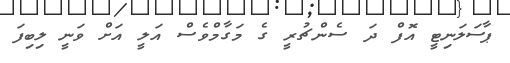
ޕާސަލަނިޓީ އޮފް ދަ ސެންޗުރީ ގެ މަގާމްވެސް އަލީ އަށް ވަނީ ލިބިފަ